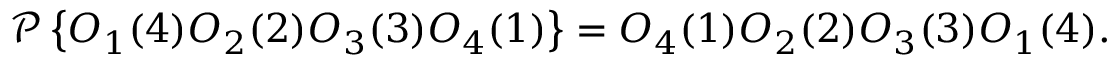
{ \mathcal { P } } \left\{ O _ { 1 } ( 4 ) O _ { 2 } ( 2 ) O _ { 3 } ( 3 ) O _ { 4 } ( 1 ) \right\} = O _ { 4 } ( 1 ) O _ { 2 } ( 2 ) O _ { 3 } ( 3 ) O _ { 1 } ( 4 ) .